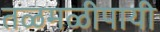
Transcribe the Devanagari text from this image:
तळमळीपायी